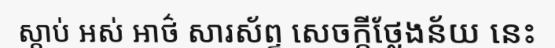
ស្តាប់ អស់ អាថ៌ សារស័ព្ទ សេចក្តីថ្លែងន័យ នេះ